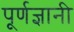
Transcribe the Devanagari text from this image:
पूर्णज्ञानी